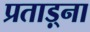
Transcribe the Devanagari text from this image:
प्रताड़्ना